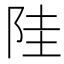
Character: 𱀋